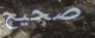
صحيح